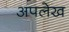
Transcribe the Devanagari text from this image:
अपलेख